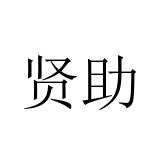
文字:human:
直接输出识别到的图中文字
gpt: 贤助